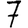
Digit: 7